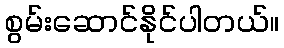
စွမ်းဆောင်နိုင်ပါတယ်။